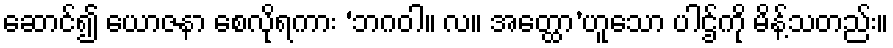
ဆောင်၍ ယောဇနာ စေလိုရကား ‘ဘဂဝါ။ လ။ အတ္ထော’ဟူသော ပါဌ်ကို မိန့်သတည်း။